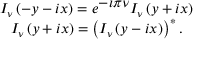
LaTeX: \begin{array} { c } { { I _ { \nu } \left( - y - i x \right) = e ^ { \displaystyle { - \imath \pi \nu } } I _ { \nu } \left( y + i x \right) } } \\ { { I _ { \nu } \left( y + i x \right) = \left( I _ { \nu } \left( y - i x \right) \right) ^ { * } . } } \end{array}